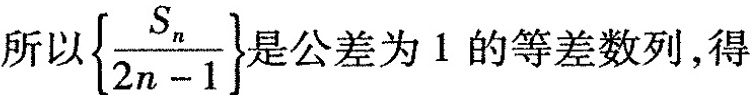
所以$${ \frac { S _ { n } } { 2 n - 1 } }$$ 是公差为1的等差数列，得